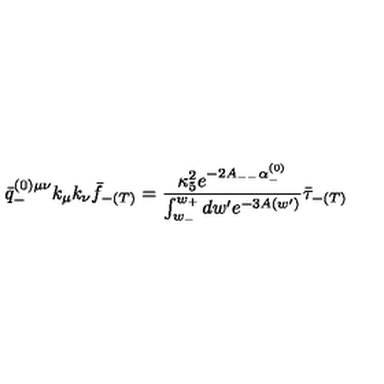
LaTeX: \bar { q } _ { - } ^ { ( 0 ) \mu \nu } k _ { \mu } k _ { \nu } \bar { f } _ { - ( T ) } = \frac { \kappa _ { 5 } ^ { 2 } e ^ { - 2 A _ { -- } \alpha _ { - } ^ { ( 0 ) } } } { \int _ { w _ { - } } ^ { w _ { + } } d w ^ { \prime } e ^ { - 3 A ( w ^ { \prime } ) } } \bar { \tau } _ { - ( T ) }